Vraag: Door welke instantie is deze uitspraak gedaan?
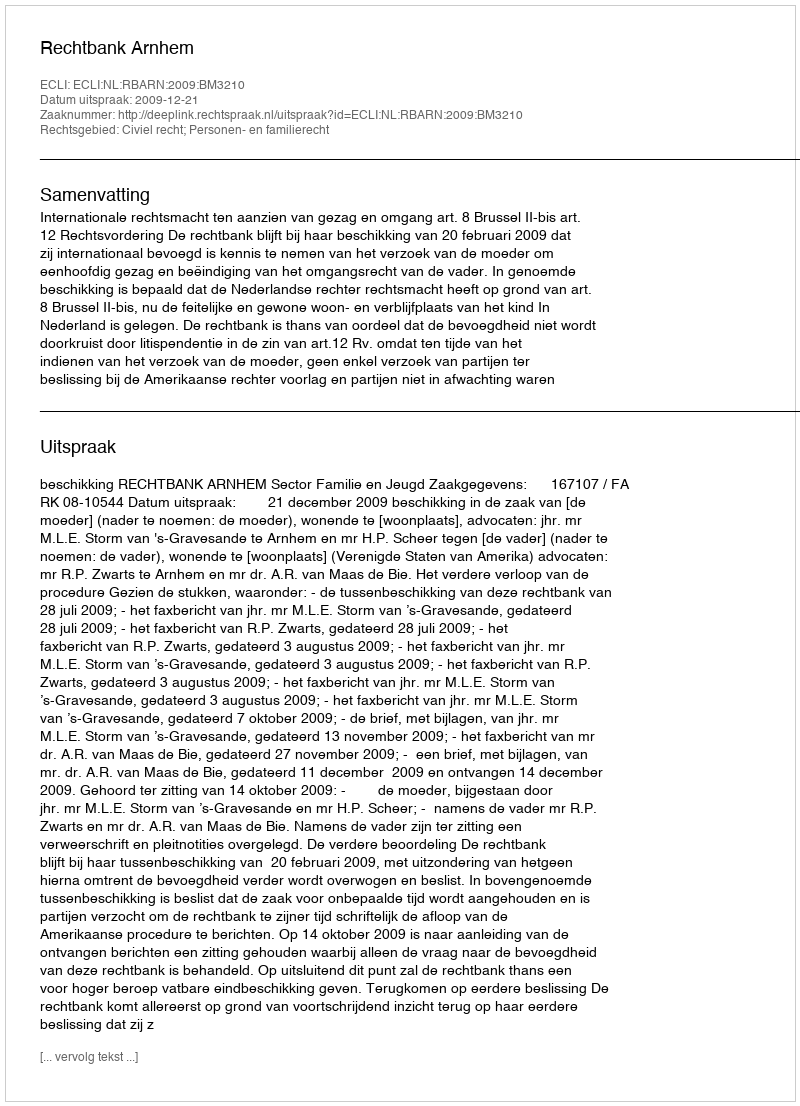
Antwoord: Rechtbank Arnhem